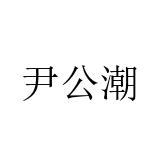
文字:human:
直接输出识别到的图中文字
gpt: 尹公潮